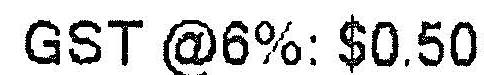
GST @6%: $0.50